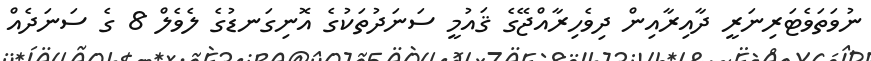
ނުވަތަވެޓަރިނަރީ ދާއިރާއިން ދިވެހިރާއްޖޭގެ ޤައުމީ ސަނަދުތަކުގެ އޮނިގަނޑުގެ ލެވެލް 8 ގެ ސަނަދެއް